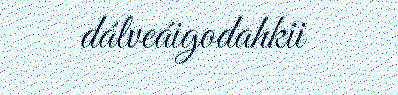
dálveáigodahkii